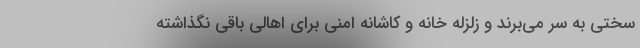
سختی به سر می‌برند و زلزله خانه و کاشانه امنی برای اهالی باقی نگذاشته